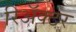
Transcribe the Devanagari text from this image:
रिअॅक्टर